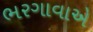
ભરગાવાએ